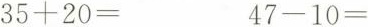
$$35+20=$$ $$47-10=$$